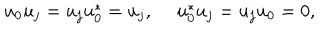
u _ { 0 } u _ { j } = u _ { j } u _ { 0 } ^ { * } = u _ { j } , ~ ~ u _ { 0 } ^ { * } u _ { j } = u _ { j } u _ { 0 } = 0 ,